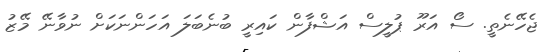
ޖެހޭނެތީ. ސޯ އަރޫ ޕުލީސް އަޝްފާން ކައިރީ ބުނެބަލަ އަހަންނަކަށް ނުވާނޭ މޭޒު